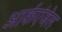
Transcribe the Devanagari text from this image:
आर्कएंजेल